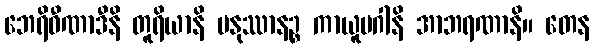
ဘေရိဝီဏာဒီနိ တူရိယာနိ မနုဿာနဉ္စ ကာယူပဂါနိ အာဘရဏာနိ။ တေန